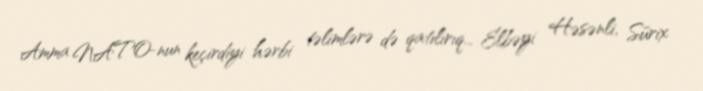
Amma NATO-nun keçirdiyi hərbi təlimlərə də qatılırıq... Elbəyi Həsənli, Sürix